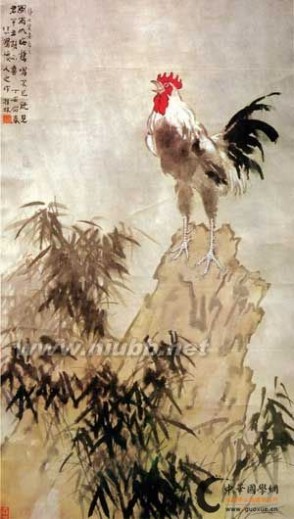
风雨如晦，鸡鸣不已。